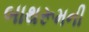
બાથરૂમની